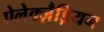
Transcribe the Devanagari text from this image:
ऐलेक्ज़ैड्रियन